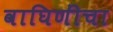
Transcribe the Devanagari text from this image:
वाघिणींचा